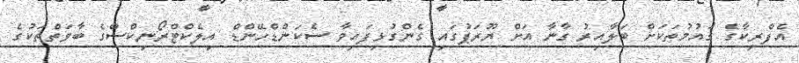
އެފްރިކާގެ ގައުމުތަކަށް ބަލާއިރު ގާނާ އަށް ޔޫރަޕުގައި ގެންގުޅިފައިވާ ސެކަންޑްހޭންޑް އިލެކްޓްރޯނިކްސްގެ ބާވަތްތަކުގެ